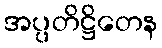
အပ္ပတိဋ္ဌိတေန